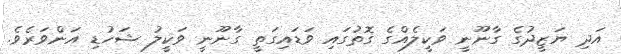
އަދި ޔަޒީދުގެ ގާނޫނީ ވަކީލެއްގެ ގޮތުގައި ވަޑައިގަތީ ގާނޫނީ ވަކީލު ޝަހުޑި އަންވަރެވެ.